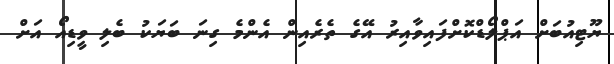
ޔޫޓިއުބަށް އަޕްލޯޑްކޮށްފައިވާއިރު އޭގެ ތެރެއިން އެންމެ ގިނަ ބަޔަކު ބެލި ވީޑިއޯ އަށް